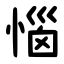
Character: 惱